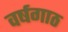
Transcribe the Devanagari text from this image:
वर्षगाठ